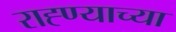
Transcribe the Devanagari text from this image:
राह्ण्याच्या